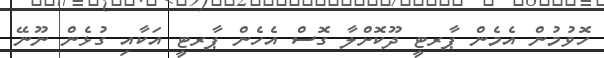
ހޮވުމުން އެމެން ޕާރޓީ ދޫކޮށްލާ ގޮސް އެހެން ޕާރޓީ އަކާއި ގުޅެން ނޫނޭ